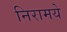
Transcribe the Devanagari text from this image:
निरामये